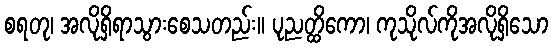
စရတု၊ အလိုရှိရာသွားစေသတည်း။ ပုညတ္ထိကော၊ ကုသိုလ်ကိုအလိုရှိသော